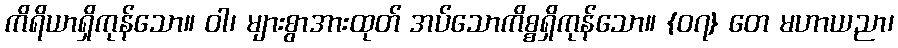
ကိရိယာရှိကုန်သော။ ဝါ၊ များစွာအားထုတ် အပ်သောကိစ္စရှိကုန်သော။ {၀၇} တေ မဟာယညာ၊